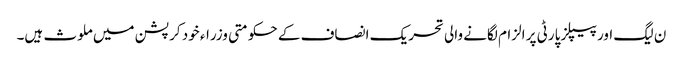
ن لیگ اور پیپلز پارٹی پر الزام لگانے والی تحریک انصاف کے حکومتی وزراء خود کرپشن میں ملوث ہیں۔